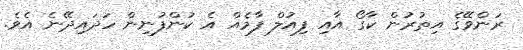
ރަންވޭގެ އިތުރުން ކާގޯ އާއި ފިއުލް ފާމެއް އެ ކުންފުނިން ހަދައިދޭނެ އެވެ.